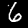
Digit: 6